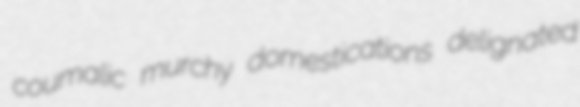
coumalic murchy domestications delignated